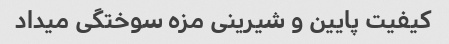
کیفیت‌ پایین و شیرینی مزه سوختگی میداد